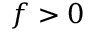
f > 0